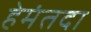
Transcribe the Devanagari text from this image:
हेमंतदा